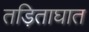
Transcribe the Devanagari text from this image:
तड़िताघात